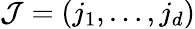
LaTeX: \mathcal{J}=(j_{1},\ldots,j_{d})